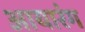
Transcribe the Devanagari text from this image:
आयारंग